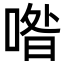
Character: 喒